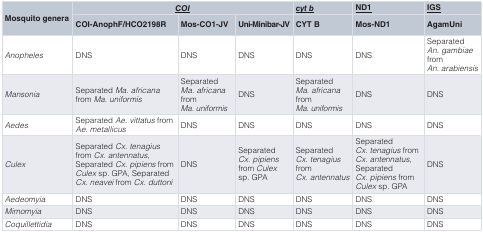
| <ROWSPAN=2> Mosquito genera | <COLSPAN=3> <underline>COI</underline> | <underline>cyt b</underline> | <underline>ND1</underline> | <underline>IGS</underline> |
 | COI-AnophF/HCO2198R | Mos-CO1-JV | Uni-Minibar-JV | CYT B | Mos-ND1 | AgamUni |
 | --- | --- | --- | --- | --- | --- | --- |
 | Anopheles | DNS | DNS | DNS | DNS | DNS | SeparatedAn. gambiaefromAn. arabiensis |
 | Mansonia | SeparatedMa. africanafromMa. uniformis | SeparatedMa. africanafromMa. uniformis | DNS | SeparatedMa. africanafromMa. uniformis | DNS | DNS |
 | Aedes | SeparatedAe. vittatus fromAe. metallicus | DNS | DNS | DNS | DNS | DNS |
 | Culex | SeparatedCx. tenagiusfromCx. antennatus,SeparatedCx. pipiens fromCulex sp. GPA, SeparatedCx. neavei fromCx. duttoni | DNS | SeparatedCx. pipiensfromCulexsp. GPA | SeparatedCx. tenagiusfromCx. antennatus | SeparatedCx. tenagius fromCx. antennatus,SeparatedCx. pipiens fromCulex sp. GPA | DNS |
 | Aedeomyia | DNS | DNS | DNS | DNS | DNS | DNS |
 | Mimomyia | DNS | DNS | DNS | DNS | DNS | DNS |
 | Coquillettidia | DNS | DNS | DNS | DNS | DNS | DNS |